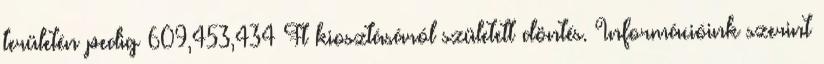
területén pedig 609,453,434 Ft kiosztásáról született döntés. Információink szerint